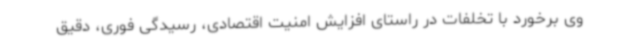
وی برخورد با تخلفات در راستای افزایش امنیت اقتصادی، رسیدگی فوری، دقیق